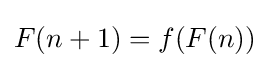
F(n+1)=f(F(n))